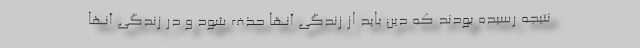
نتیجه رسیده بودند که دین باید از زندگی آنها حذف شود و در زندگی آنها